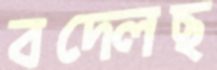
বদ্‌লেছ